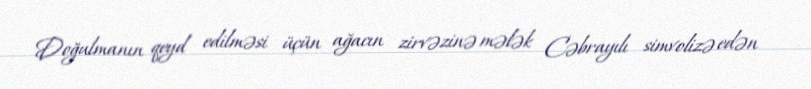
Doğulmanın qeyd edilməsi üçün ağacın zirvəzinə mələk Cəbrayılı simvolizə edən